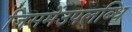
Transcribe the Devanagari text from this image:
जिसमेंउपलब्धि